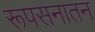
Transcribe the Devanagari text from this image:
रूपसनातन